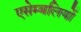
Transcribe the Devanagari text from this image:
एसेम्बलियों